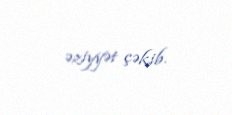
əziyyət çəkib.